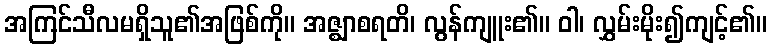
အကြင်သီလမရှိသူ၏အဖြစ်ကို။ အဇ္ဈာစရတိ၊ လွန်ကျူး၏။ ဝါ၊ လွှမ်းမိုး၍ကျင့်၏။